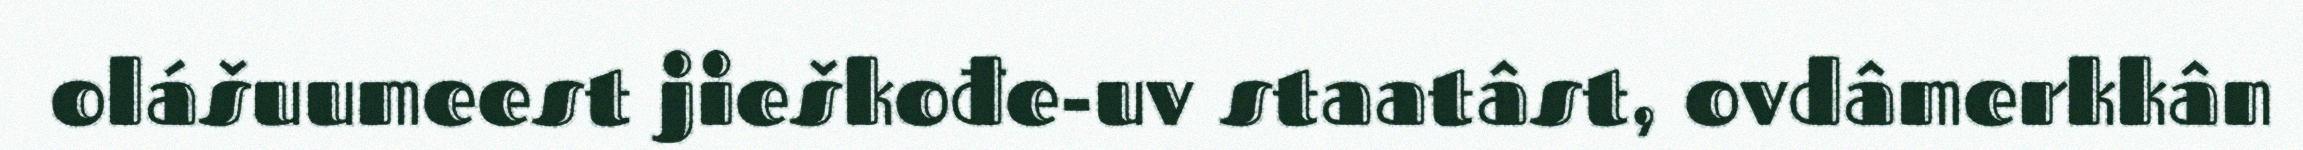
olášuumeest jieškođe-uv staatâst, ovdâmerkkân